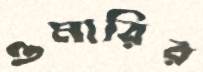
ওমারির